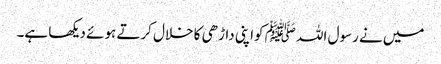
میں نے رسول اللہ ﷺ کواپنی داڑھی کا خلال کرتے ہوئے دیکھا ہے۔